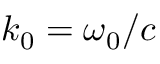
k _ { 0 } = \omega _ { 0 } / c